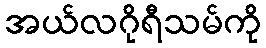
အယ်လဂိုရီသမ်ကို